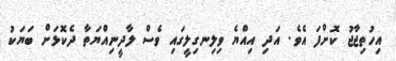
އިހުތިޖާޖު ކޮށްފަ އެވެ. އަދި އިއްޔެ ވިލިނގިލީގައި ވެސް ލާދީނިއްޔަތާ ދެކޮޅަށް ބަޔަކު